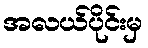
အလယ်ပိုင်းမှ